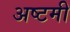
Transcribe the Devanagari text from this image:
अष्‍टमी